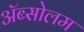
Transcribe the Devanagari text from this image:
अॅब्सोलम